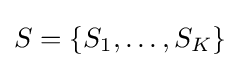
S=\{S_{1},\ldots ,S_{K}\}